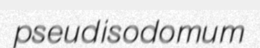
pseudisodomum